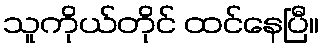
သူကိုယ်တိုင် ထင်နေပြီ။